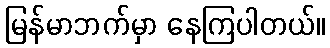
မြန်မာဘက်မှာ နေကြပါတယ်။